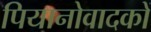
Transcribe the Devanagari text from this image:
पियानोवादकों